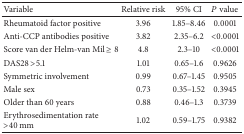
<table><thead><tr><td><b>Variable</b></td><td><b>Relative risk</b></td><td><b>95% CI</b></td><td><b><i>P</i> value</b></td></tr></thead><tbody><tr><td>Rheumatoid factor positive</td><td>3.96</td><td>1.85–8.46</td><td>0.0001</td></tr><tr><td>Anti-CCP antibodies positive</td><td>3.82 </td><td>2.35–6.2</td><td>&lt;0.0001</td></tr><tr><td>Score van der Helm-van Mil ≥8</td><td>4.8</td><td>2.3–10</td><td>&lt;0.0001</td></tr><tr><td>DAS28 &gt;5.1</td><td>1.01 </td><td>0.65–1.6</td><td>0.9626</td></tr><tr><td>Symmetric involvement</td><td>0.99 </td><td>0.67–1.45</td><td>0.9505</td></tr><tr><td>Male sex</td><td>0.73</td><td>0.35–1.52</td><td>0.3945</td></tr><tr><td>Older than 60 years</td><td>0.88</td><td>0.46–1.3</td><td>0.3739</td></tr><tr><td>Erythrosedimentation rate &gt;40 mm</td><td>1.02</td><td>0.59–1.75</td><td>0.9382</td></tr></tbody></table>